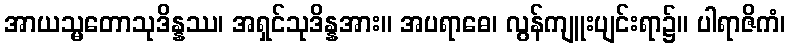
အာယသ္မတောသုဒိန္နဿ၊ အရှင်သုဒိန္နအား။ အပရာဓေ၊ လွန်ကျူးပျင်းရာ၌။ ပါရာဇိကံ၊